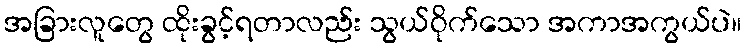
အခြားလူတွေ ထိုးခွင့်ရတာလည်း သွယ်ဝိုက်သော အကာအကွယ်ပဲ။